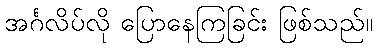
အင်္ဂလိပ်လို ပြောနေကြခြင်း ဖြစ်သည်။